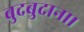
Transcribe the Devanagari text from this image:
बुदबुदाना।